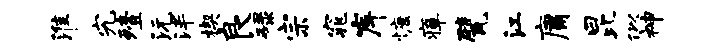
淮究殪沅泮楔良碌宗窕岸慷瘴甓江庸昆似神